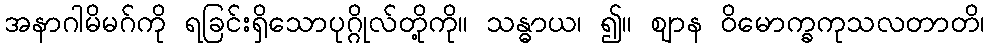
အနာဂါမိမဂ်ကို ရခြင်းရှိသောပုဂ္ဂိုလ်တို့ကို။ သန္ဓာယ၊ ၍။ ဈာန ဝိမောက္ခကုသလတာတိ၊